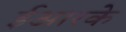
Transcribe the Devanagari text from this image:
ईआरके